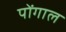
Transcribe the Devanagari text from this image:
पोंगाल